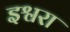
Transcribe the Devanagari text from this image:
इश्वरा